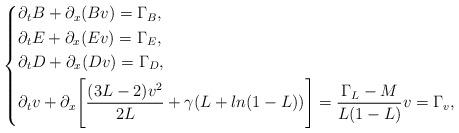
LaTeX: \begin{align*}\left\{\begin{aligned}& \partial_{t}B+\partial_{x}(B{v}) =\Gamma_{B}, \\& \partial_{t}E+\partial_{x}(E{v}) =\Gamma_{E},\\& \partial_{t}D+\partial_{x}(D{v}) =\Gamma_{D}, \\& \partial_{t}{v} + \partial_{x} \Bigg[ \dfrac{(3L-2)v^{2}}{2L} + \gamma (L + ln(1-L)) \Bigg] = \frac{\Gamma_{L} - M}{L(1- L)} {v}=\Gamma_{v}, \\\end{aligned}\right.\end{align*}